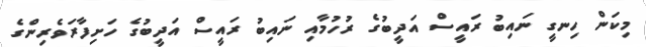
މިކަން ހިނގީ ނައިބު ރައީސް އަދީބުގެ ރުހުމާއި ނައިބު ރައީސް އަދީބުގެ ހަށިފާރަވެރިންގެ